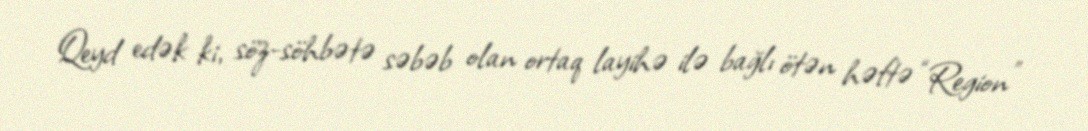
Qeyd edək ki, söz-söhbətə səbəb olan ortaq layihə ilə bağlı ötən həftə “Region”